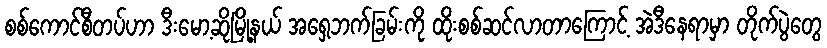
စစ်ကောင်စီတပ်ဟာ ဒီးမော့ဆိုမြို့နယ် အရှေ့ဘက်ခြမ်းကို ထိုးစစ်ဆင်လာတာကြောင့် အဲဒီနေရာမှာ တိုက်ပွဲတွေ